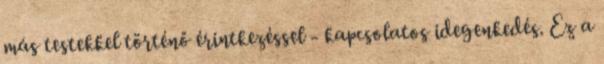
más testekkel történő érintkezéssel - kapcsolatos idegenkedés. Ez a